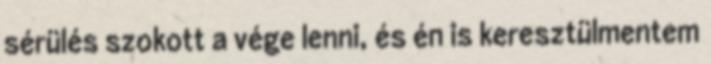
sérülés szokott a vége lenni, és én is keresztülmentem